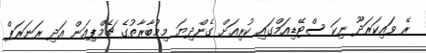
ރޭ ވައިކަރަދޫ ނިކަ ސްޓޭޑިއަމްގައި ކުރިއަށް ގެންދިޔަ މިމުބާރާތުގެ ޗެމްޕިއަން އަދި ރަނަރަޕް